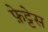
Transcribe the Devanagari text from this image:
फ़ेट्टेस